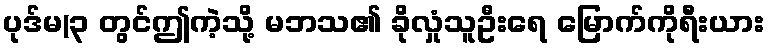
ပုဒ်မ(၃ တွင်ဤကဲ့သို့ မဘသ၏ ခိုလှုံသူဦးရေ မြောက်ကိုရီးယား